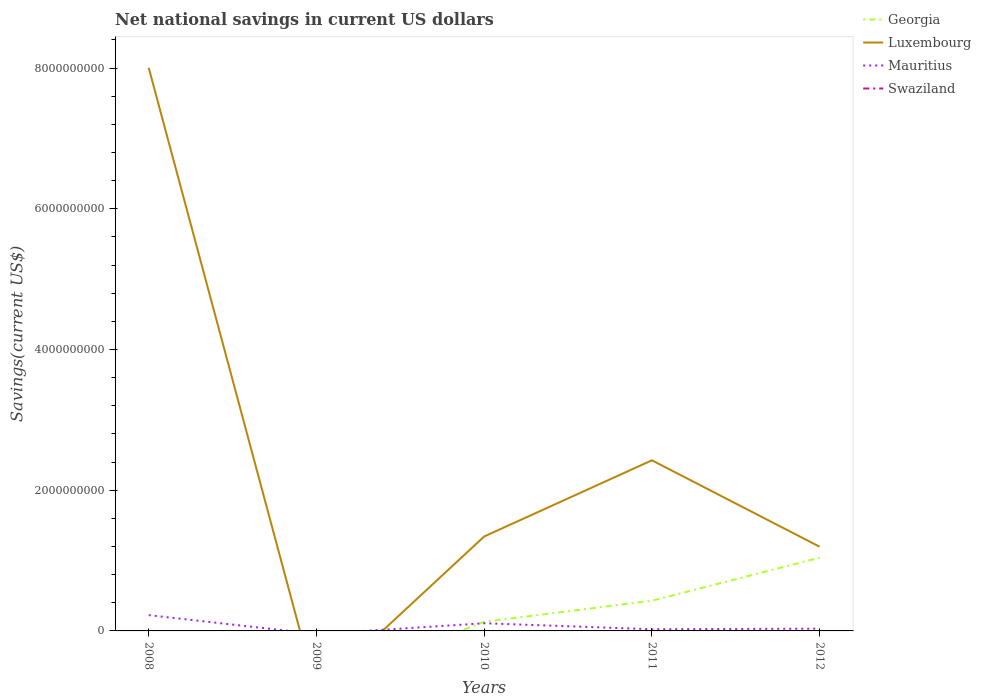
| Years | Georgia | Luxembourg | Mauritius | Swaziland |
 | --- | --- | --- | --- | --- |
 | 2008 | -7.27e+08 | 8e+09 | 2.24e+08 | -1.48e+08 |
 | 2009 | -7.87e+08 | -8.7e+08 | -4.41e+07 | -5.01e+08 |
 | 2010 | 1.3e+08 | 1.34e+09 | 1.09e+08 | -3.83e+08 |
 | 2011 | 4.29e+08 | 2.42e+09 | 2.38e+07 | -4.81e+08 |
 | 2012 | 1.04e+09 | 1.2e+09 | 3.21e+07 | -1.27e+07 |